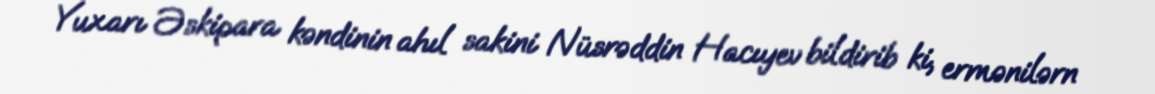
Yuxarı Əskipara kəndinin ahıl sakini Nüsrəddin Hacıyev bildirib ki, ermənilərn